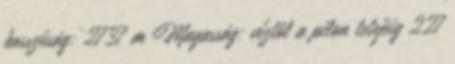
hosszúság: 2737 m Magasság: víztől a pilon tetejéig 227